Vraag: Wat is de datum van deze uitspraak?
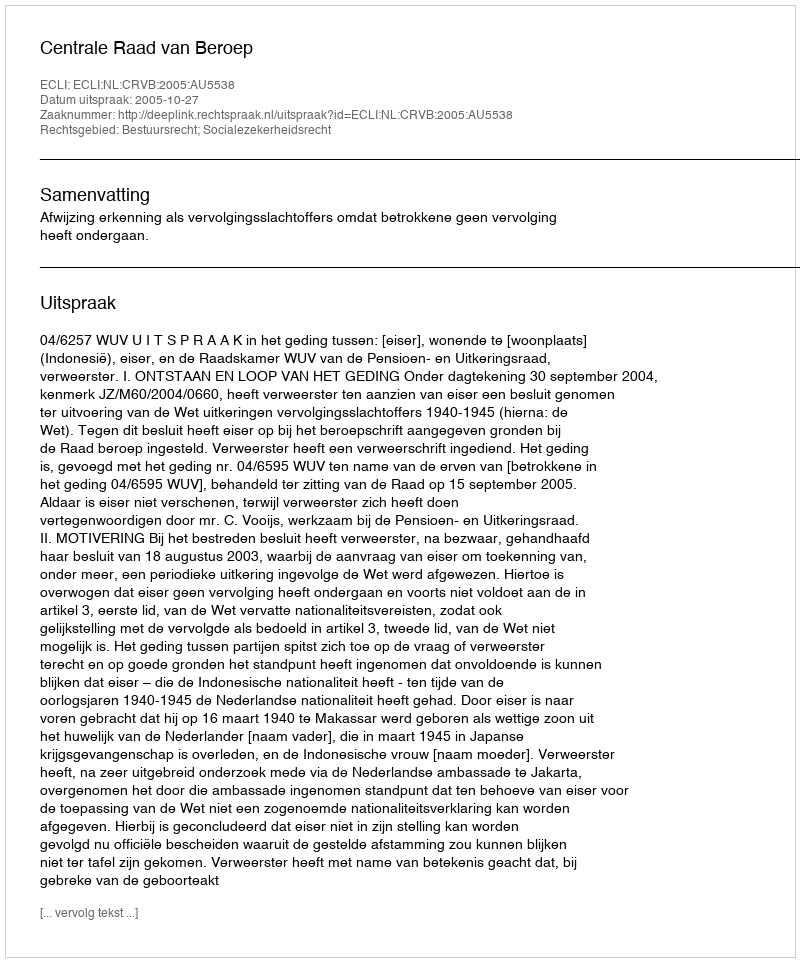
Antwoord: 2005-10-27